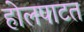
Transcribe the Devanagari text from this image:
होलपाटत